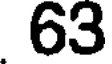
63